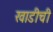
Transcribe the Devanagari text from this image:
खाडीची